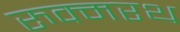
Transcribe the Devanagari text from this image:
रुक्मरथ